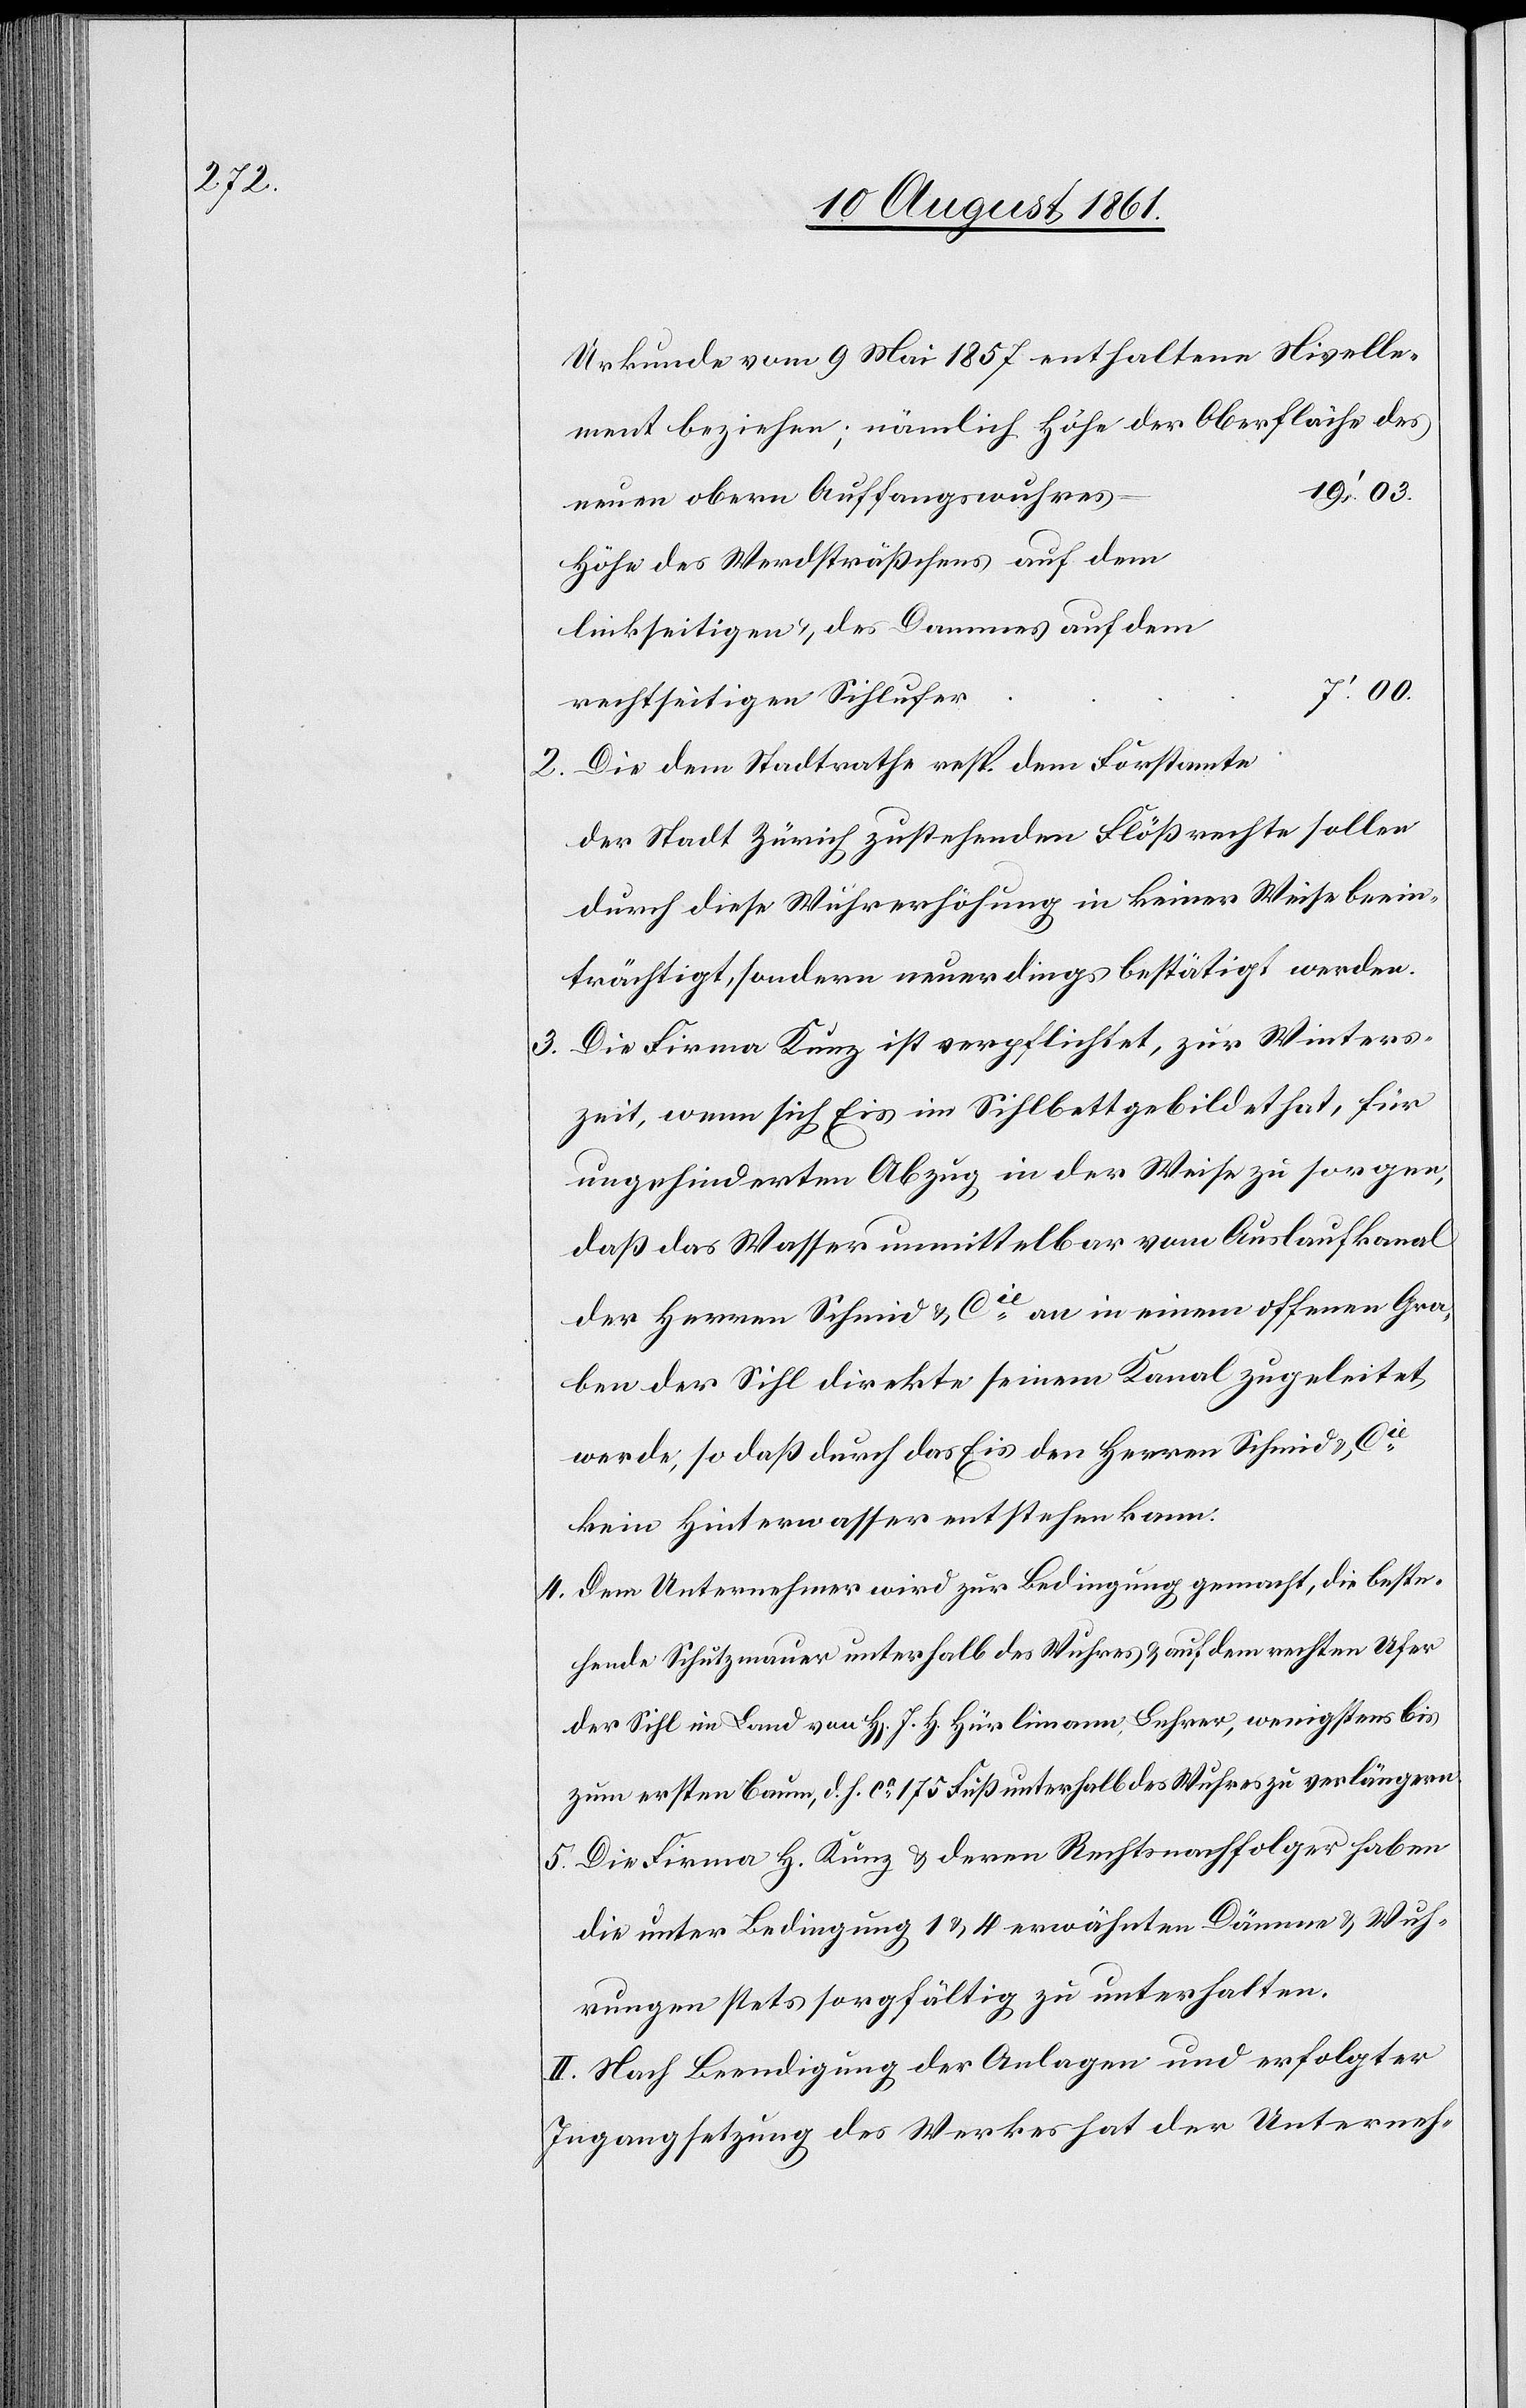
Urkunde vom 9 Mai 1857 enthaltene Nivelle¬
ment beziehen; nämlich Höhe der Oberfläche des
Höhe des Werdtsträßchens auf dem
linkseitigen u. des Dammes auf dem
2. Die dem Stadtrathe resp. dem Forstamte
der Stadt Zürich zustehenden Flößrechte sollen
durch diese Wuhrerhöhung in keiner Weise beein¬
trächtigt, sondern neuerdings bestätigt werden.
3. Die Firma Kunz ist verpflichtet, zur Winters¬
zeit, wenn sich Eis im Sihlbett gebildet hat, für
ungehinderten Abzug in der Weise zu sorgen,
daß das Wasser unmittelbar vom Auslaufkanal
der Herren Schmid u. Cie an in einem offenen Gra¬
ben der Sihl direkte seinem Kanal zugeleitet
werde, so daß durch das Eis den Herren Schmid u. Cie
kein Hinterwasser entstehen kann.
4. Dem Unternehmer wird zur Bedingung gemacht, die beste¬
hende Schutzmauer unterhalb des Wuhres u. auf dem rechten Ufer
der Sihl im Land von H[errn] J. H. Hürlimann, Lehrer, wenigstens bis
zum ersten Baum, d. h. ca 175 Fuß unterhalb des Wuhres zu verlängern.
5. Die Firma H. Kunz u. deren Rechtsnachfolger haben
die unter Bedingung 1 u. 4 erwähnten Dämme u. Wuh¬
rungen stets sorgfältig zu unterhalten.
II. Nach Beendigung der Anlagen und erfolgter
Ingangsetzung des Werkes hat der Unterneh-